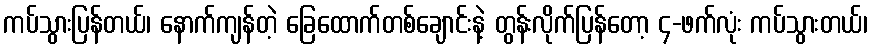
ကပ်သွားပြန်တယ်၊ နောက်ကျန်တဲ့ ခြေထောက်တစ်ချောင်းနဲ့ တွန်းလိုက်ပြန်တော့ ၄-ဖက်လုံး ကပ်သွားတယ်၊